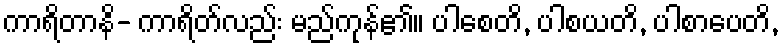
ကာရိတာနိ- ကာရိတ်လည်း မည်ကုန်၏။ ပါစေတိ, ပါစယတိ, ပါစာပေတိ,